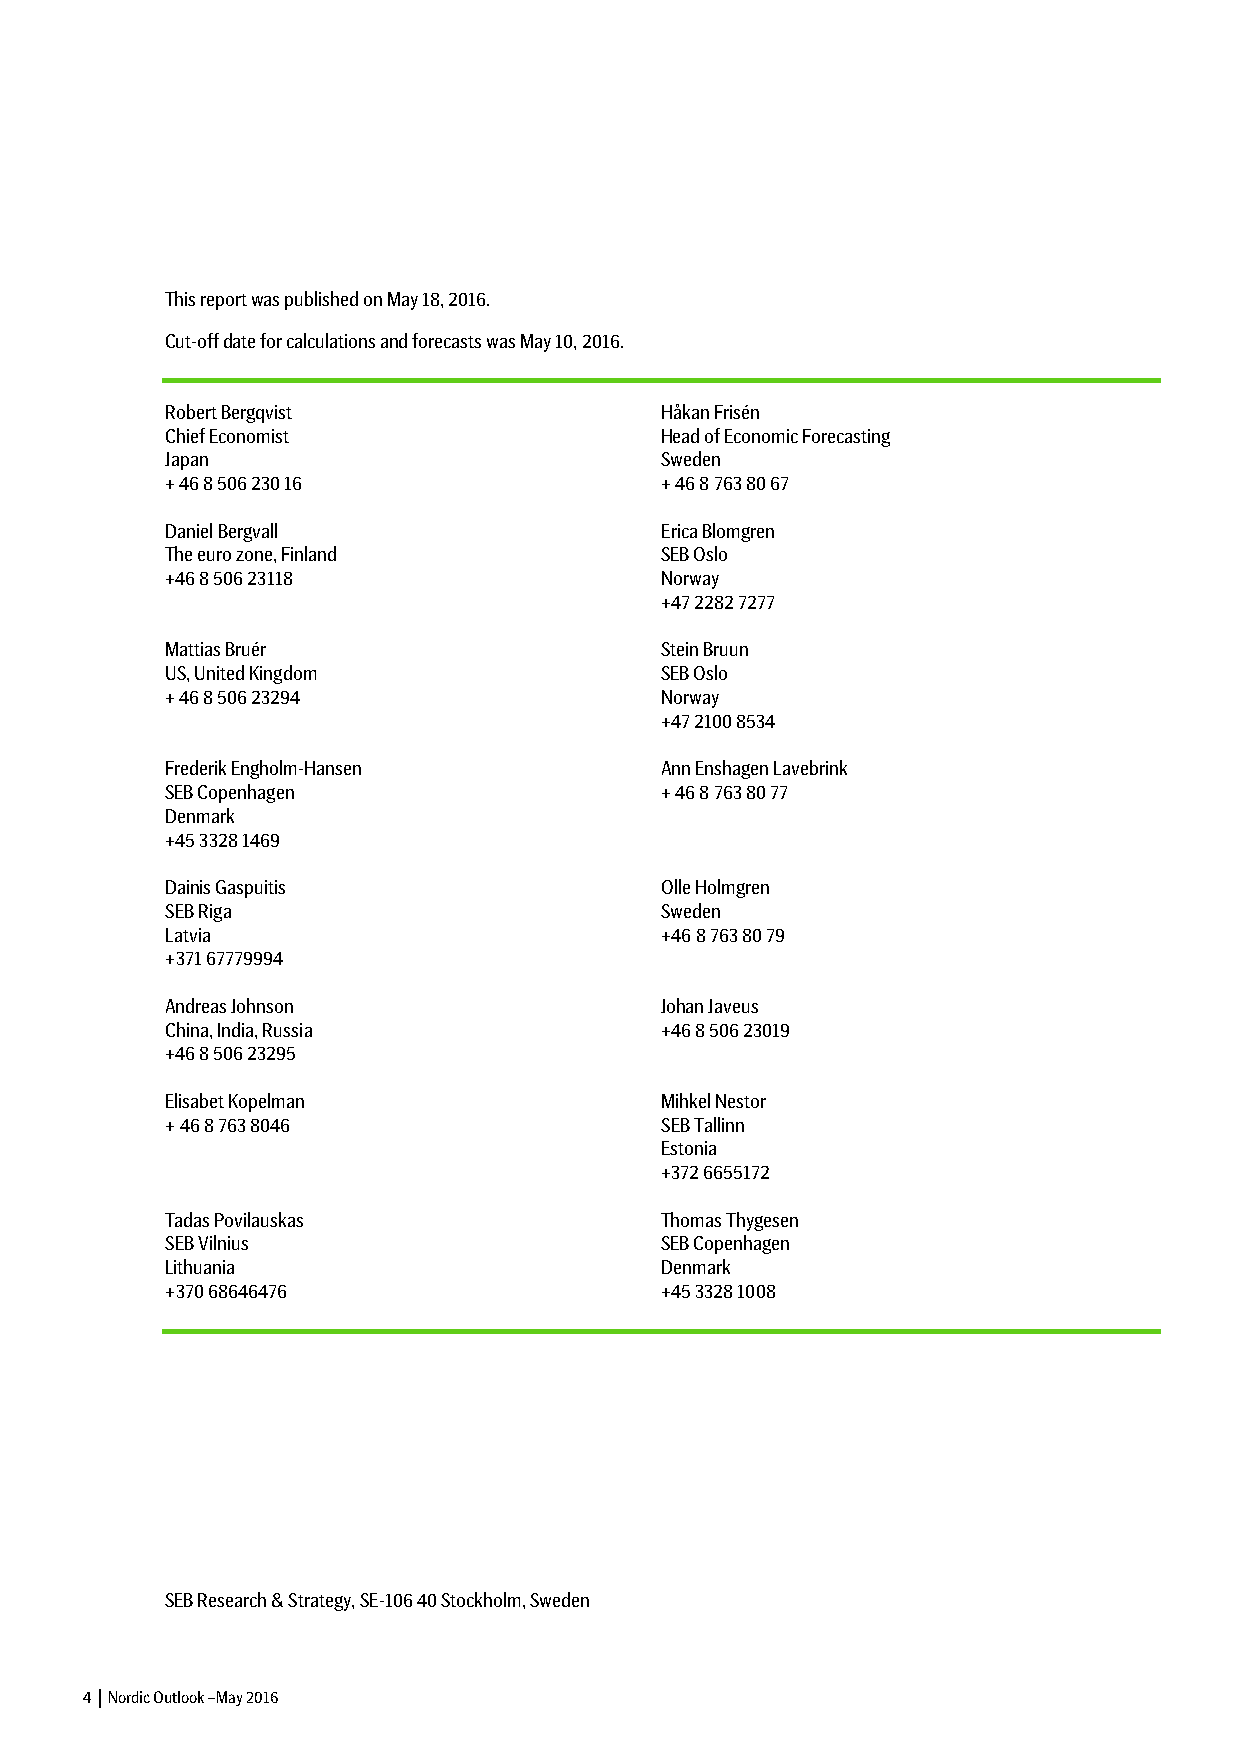
This report was published on May 18, 2016.
 Cut-off date for calculations and forecasts was May 10, 2016.
 Robert Bergqvist                 Håkan Frisén
 Chief Economist                  Head of Economic Forecasting
 Japan                            Sweden
 + 46 8 506 230 16                + 46 8 763 80 67
 Daniel Bergvall                  Erica Blomgren
 The euro zone, Finland           SEB Oslo
 +46 8 506 23118                  Norway
 +47 2282 7277
 Mattias Bruér                    Stein Bruun
 US, United Kingdom               SEB Oslo
 + 46 8 506 23294                 Norway
 +47 2100 8534
 Frederik Engholm-Hansen          Ann Enshagen Lavebrink
 SEB Copenhagen                   + 46 8 763 80 77
 Denmark
 +45 3328 1469
 Dainis Gaspuitis                 Olle Holmgren
 SEB Riga                         Sweden
 Latvia                           +46 8 763 80 79
 +371 67779994
 Andreas Johnson                  Johan Javeus
 China, India, Russia             +46 8 506 23019
 +46 8 506 23295
 Elisabet Kopelman                Mihkel Nestor
 + 46 8 763 8046                  SEB Tallinn
 Estonia
 +372 6655172
 Tadas Povilauskas                Thomas Thygesen
 SEB Vilnius                      SEB Copenhagen
 Lithuania                        Denmark
 +370 68646476                    +45 3328 1008
 SEB Research & Strategy, SE-106 40 Stockholm, Sweden
 4 │ Nordic Outlook –May 2016